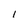
Character: 1